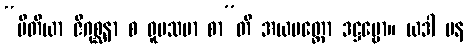
“ပီတိယာ ဇိဂုစ္ဆနာ စ ဝူပသမာ စာ”တိ အယမတ္ထော ဒဋ္ဌဗ္ဗော။ ယဒါ ပန